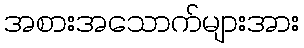
အစားအသောက်များအား